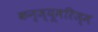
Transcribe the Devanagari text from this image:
कन्ज्यूमरिज्म